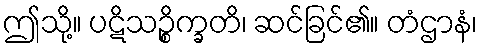
ဤသို့။ ပဋိသဉ္စိက္ခတိ၊ ဆင်ခြင်၏။ တံဌာနံ၊